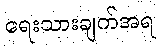
ရေးသားချက်အရ